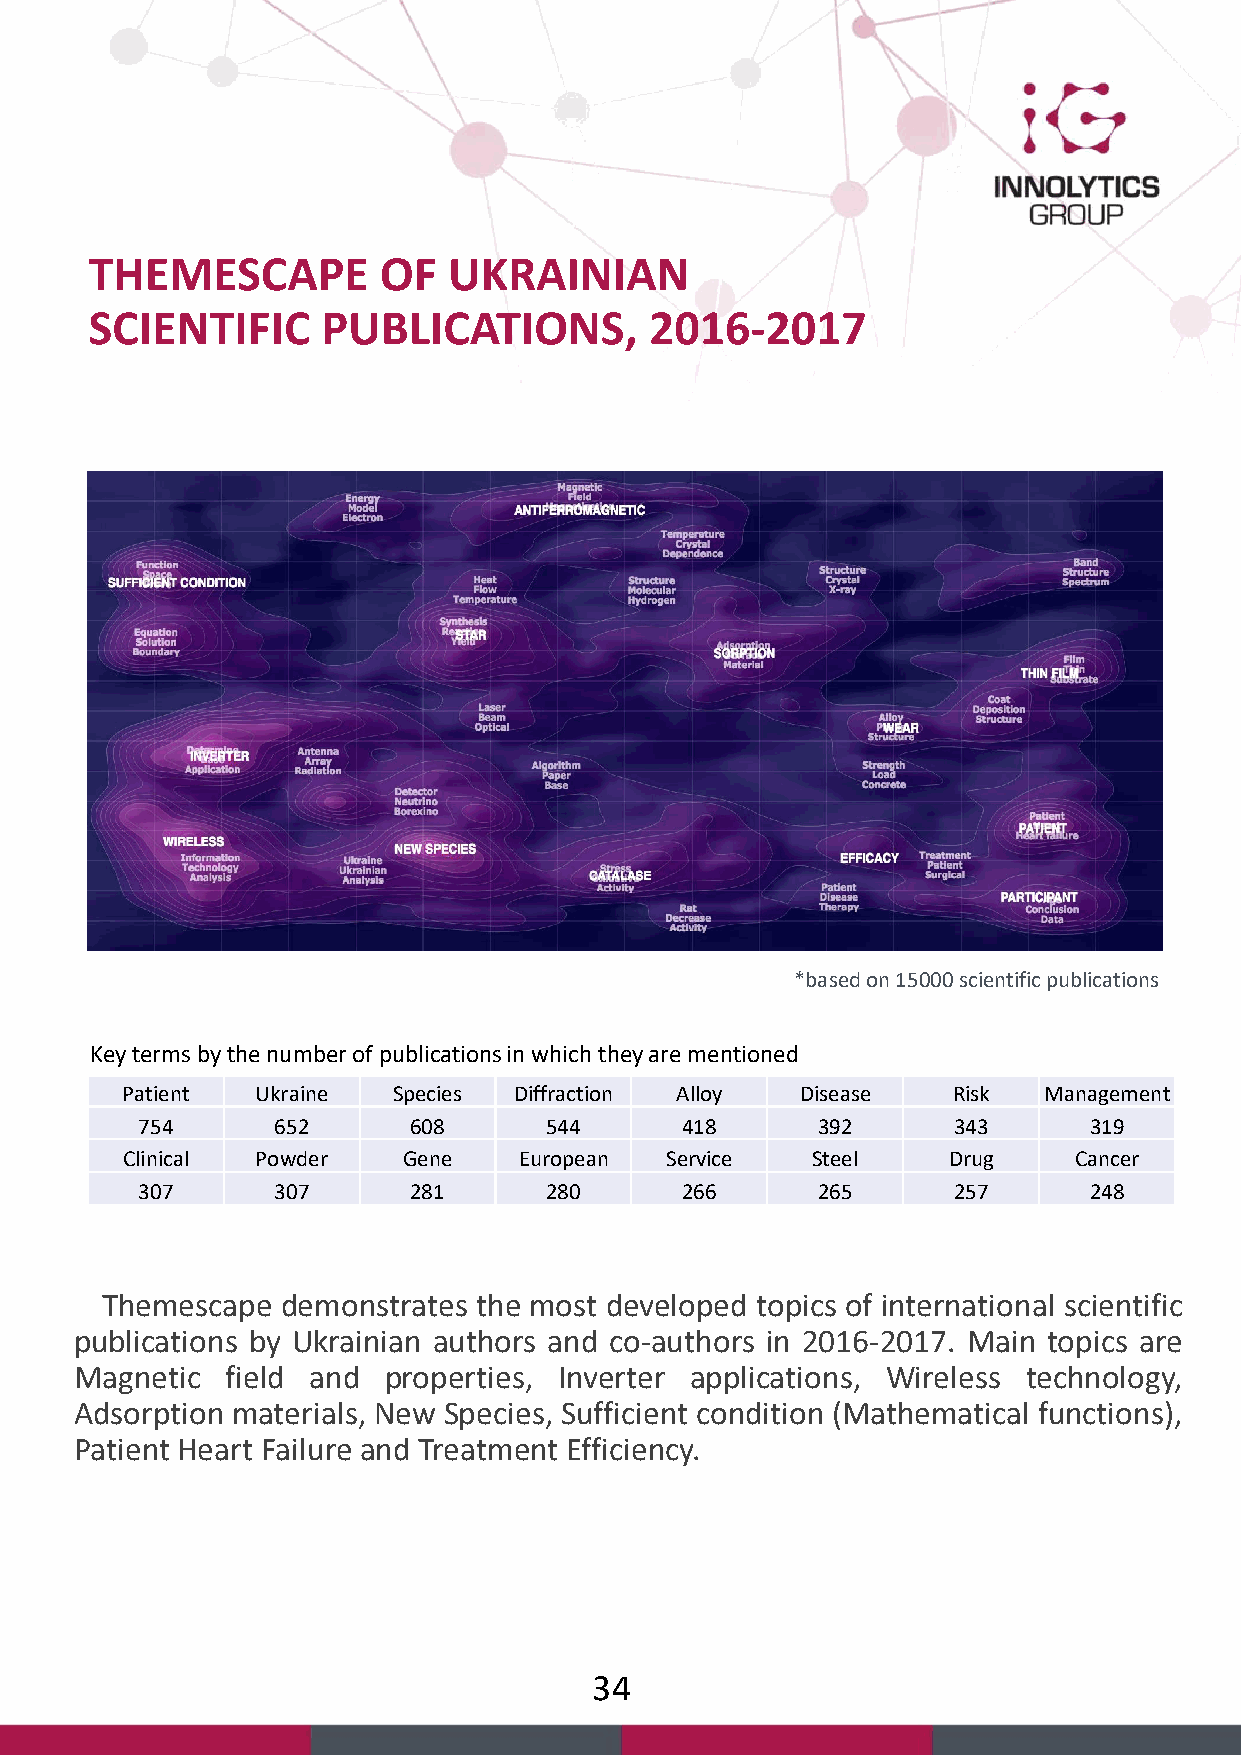
THEMESCAPE         OF   UKRAINIAN
 SCIENTIFIC     PUBLICATIONS,         2016-2017
 *based on 15000scientific publications
 Key terms by the number of publications in which they are mentioned
 Patient  Ukraine  Species Diffraction Alloy  Disease   Risk  Management
 754      652      608      544      418      392      343      319
 Clinical Powder    Gene   European  Service   Steel    Drug    Cancer
 307      307      281      280      266      265      257      248
 Themescape  demonstrates the most developed topics of international scientific
 publications by Ukrainian authors and co-authors in 2016-2017. Main topics are
 Magnetic  field and properties, Inverter applications, Wireless technology,
 Adsorption materials, New Species, Sufficient condition (Mathematical functions),
 Patient Heart Failure and Treatment Efficiency.
 34